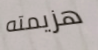
هزيمته